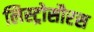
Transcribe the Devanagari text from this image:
लिस्ट्रोसौरस